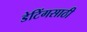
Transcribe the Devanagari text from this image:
डेटिंगसाठी